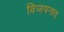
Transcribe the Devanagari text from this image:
विजयनाद